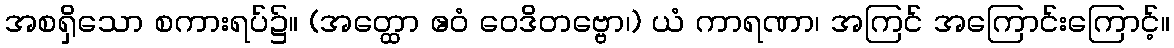
အစရှိသော စကားရပ်၌။ (အတ္ထော ဧဝံ ဝေဒိတဗ္ဗော၊) ယံ ကာရဏာ၊ အကြင် အကြောင်းကြောင့်။